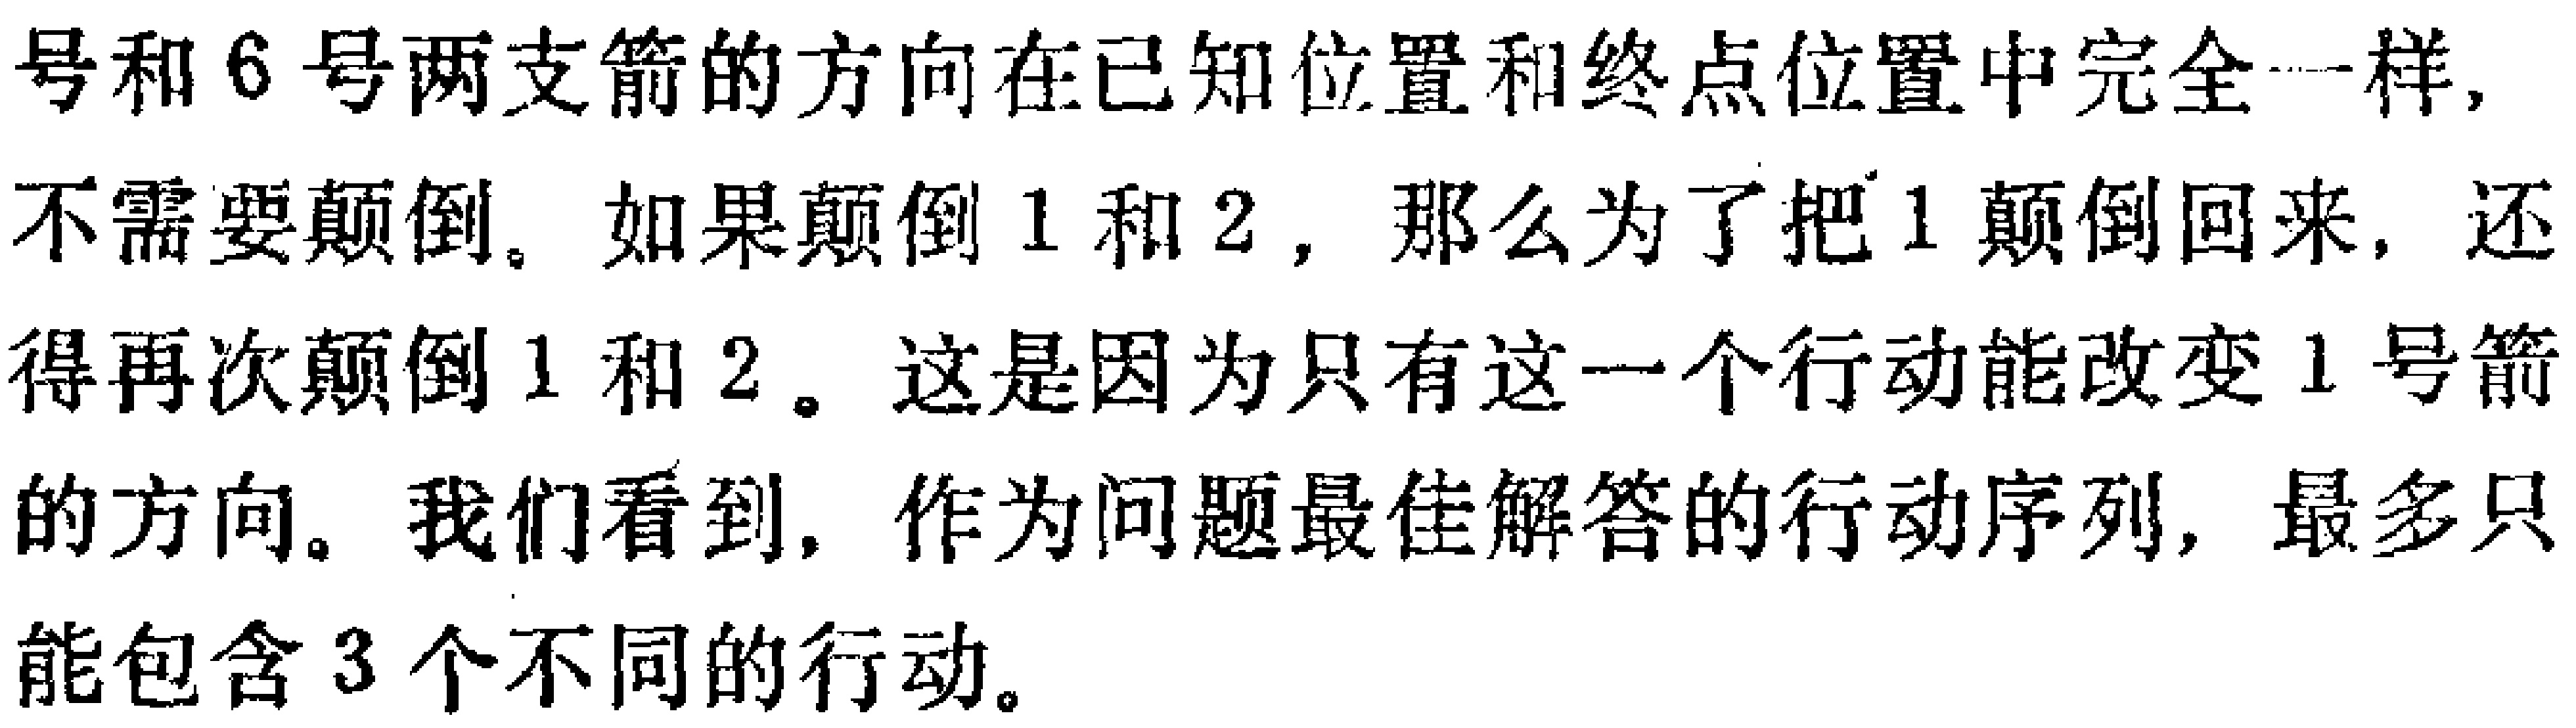
号和6号两支箭的方向在已知位置和终点位置中完全一样,
不需要颠倒。如果颠倒1和2，那么为了把1颠倒回来，还
得再次颠倒1和2。这是因为只有这一个行动能改变1号箭
的方向。我们看到，作为问题最佳解答的行动序列，最多只
能包含3个不同的行动。